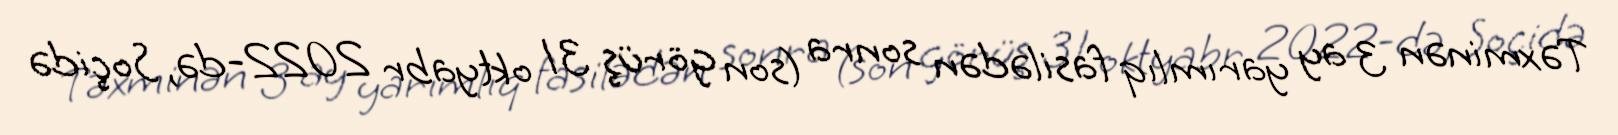
Təxminən 3 ay yarımlıq fasilədən sonra (son görüş 31 oktyabr 2022-də, Soçidə